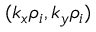
( k _ { x } \rho _ { i } , k _ { y } \rho _ { i } )